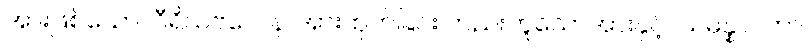
အားဖြစ်သော။ ဝီရိယဗလေန၊ အားထုတ်ခြင်း တည်းဟူသောအားနှင့်။ သမန္နာပတာ၊